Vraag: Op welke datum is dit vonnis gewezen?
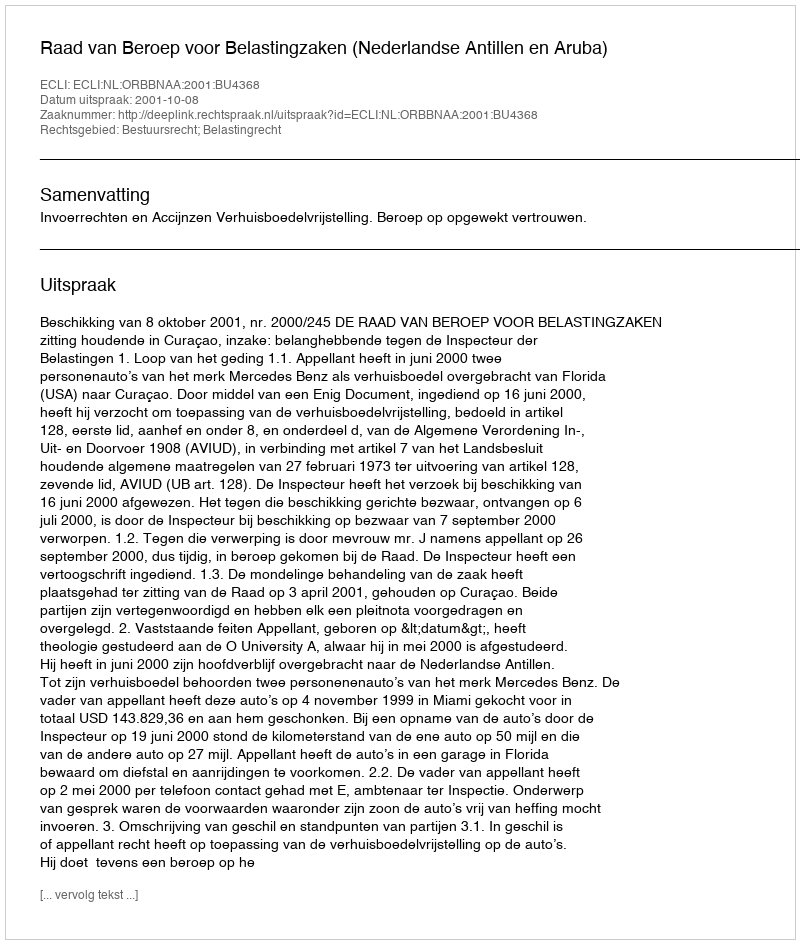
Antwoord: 2001-10-08